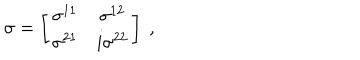
\sigma = \left[ \begin{matrix} { { \sigma ^ { 1 1 } } } & { { \sigma ^ { 1 2 } } } \\ { { \sigma ^ { 2 1 } } } & { { i \sigma ^ { 2 2 } } } \\ \end{matrix} \right] \ ,